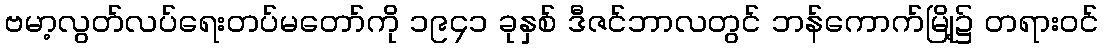
ဗမာ့လွတ်လပ်ရေးတပ်မတော်ကို ၁၉၄၁ ခုနှစ် ဒီဇင်ဘာလတွင် ဘန်ကောက်မြို့၌ တရားဝင်